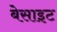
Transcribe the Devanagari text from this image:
बेसाइट